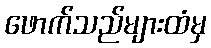
ဖောက်သည်များထံမှ